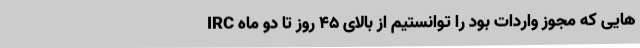
IRC هایی که مجوز واردات بود را توانستیم از بالای ۴۵ روز تا دو ماه